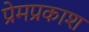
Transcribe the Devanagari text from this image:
प्रेमप्रकाश